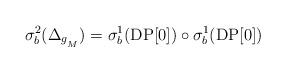
LaTeX: \begin{align*} \sigma^{2}_{b}(\Delta_{g_{_{M}}}) = \sigma^{1}_{b}(\operatorname{DP[0]})\circ \sigma^{1}_{b}(\operatorname{DP[0]})\end{align*}